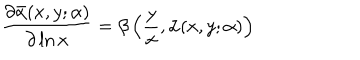
LaTeX: \frac { \partial \bar { \alpha } ( x , y ; \alpha ) } { \partial \ln x } = \beta \left( \frac { y } { x } , \bar { \alpha } ( x , y ; \alpha ) \right)